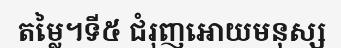
តម្លៃ។ទី៥ ជំរុញអោយមនុស្ស